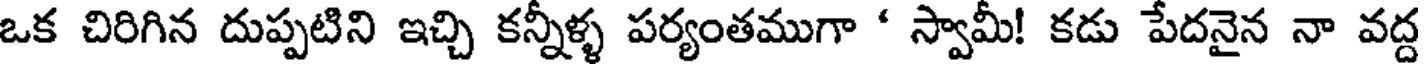
ఒక చిరిగిన దుప్పటిని ఇచ్చి కన్నీళ్ళ పర్యంతముగా ' స్వామీ! కడు పేదనైన నా వద్ద